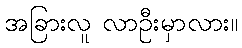
အခြားလူ လာဦးမှာလား။